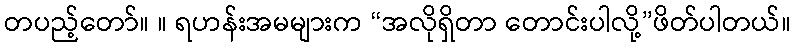
တပည့်တော်။ ။ ရဟန်းအမများက “အလိုရှိတာ တောင်းပါလို့”ဖိတ်ပါတယ်။